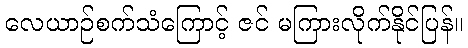
လေယာဉ်စက်သံကြောင့် ဇင် မကြားလိုက်နိုင်ပြန်။